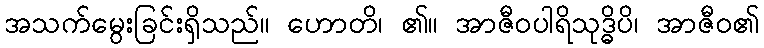
အသက်မွေးခြင်းရှိသည်။ ဟောတိ၊ ၏။ အာဇီဝပါရိသုဒ္ဓိပိ၊ အာဇီဝ၏